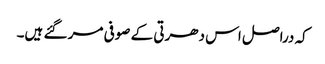
کہ دراصل اس دھرتی کے صوفی مر گئے ہیں۔